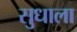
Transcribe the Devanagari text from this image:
सुधाला